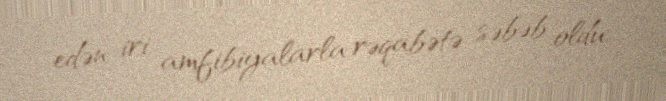
edən iri amfibiyalarla rəqabətə səbəb oldu.